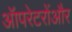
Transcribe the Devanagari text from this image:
ऑपरेटरोंऔर